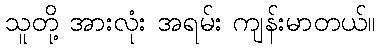
သူတို့ အားလုံး အရမ်း ကျန်းမာတယ်။